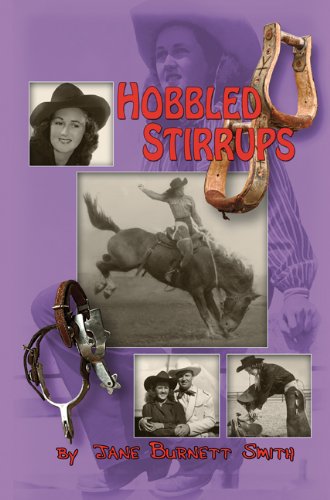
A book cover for Hobbled Stirrups; Jane Burnett Smith; Sports & Outdoors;